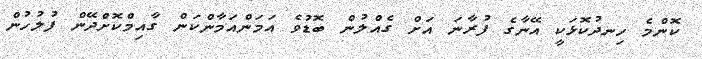
ކޮންމެ ހިނދުކޮޅަކީ އޭނާގެ ފުރާނަ އަށް ގެއްލުން ބޮޑުވެ އަމަންއަމާންކަން ގާއިމްކޮށްދޭން ފުލުހުން